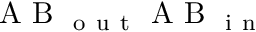
\mathrm { ~ A ~ B ~ } _ { \mathrm { ~ o ~ u ~ t ~ } } \mathrm { ~ A ~ B ~ } _ { \mathrm { ~ i ~ n ~ } }